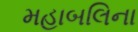
મહાબલિના